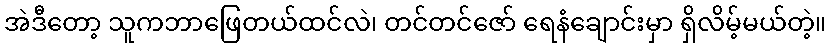
အဲဒီတော့ သူကဘာဖြေတယ်ထင်လဲ၊ တင်တင်ဇော် ရေနံချောင်းမှာ ရှိလိမ့်မယ်တဲ့။